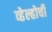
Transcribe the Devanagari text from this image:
व्हेल्होची